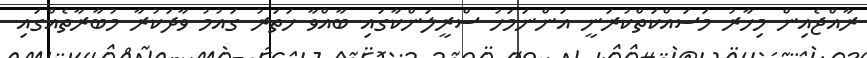
ރާއްޖެއިން މިހާރު މަސައްކަތްކުރަނީ އަންނަމަހު ސްރީލަންކާގައި ބާއްވާ ހަަތަރު ގައުމު ވާދަކުރާ މުބާރާތެއްގައި